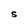
Character: S